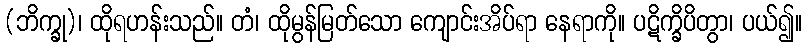
(ဘိက္ခု)၊ ထိုရဟန်းသည်။ တံ၊ ထိုမွန်မြတ်သော ကျောင်းအိပ်ရာ နေရာကို။ ပဋိက္ခိပိတွာ၊ ပယ်၍။